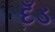
દઁડ